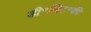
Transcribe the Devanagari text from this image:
डी॰लिट॰की